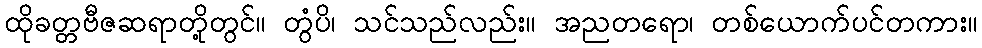
ထိုခတ္တဗီဇဆရာတို့တွင်။ တွံပိ၊ သင်သည်လည်း။ အညတရော၊ တစ်ယောက်ပင်တကား။